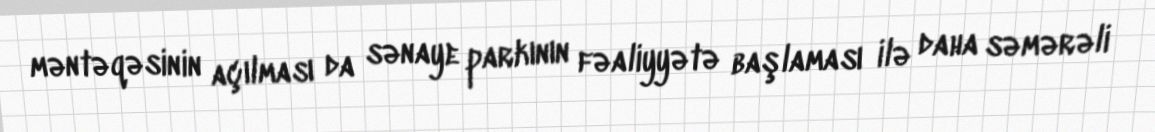
məntəqəsinin açılması da sənaye parkının fəaliyyətə başlaması ilə daha səmərəli